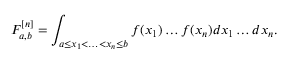
F _ { a , b } ^ { [ n ] } = \int _ { a \leq x _ { 1 } < \ldots < x _ { n } \leq b } f ( x _ { 1 } ) \ldots f ( x _ { n } ) d x _ { 1 } \ldots d x _ { n } .